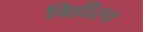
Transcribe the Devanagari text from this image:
विहीरच